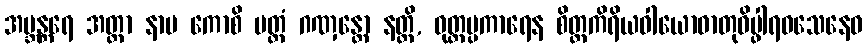
အဗ္ဘန္တရေ အတ္တာ နာမ ကောစိ ပတ္တံ ဂဏှန္တော နတ္ထိ, ဝုတ္တပ္ပကာရေန စိတ္တကိရိယဝါယောဓာတုဝိပ္ဖါရဝသေနေဝ